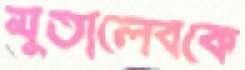
মুতালেবকে